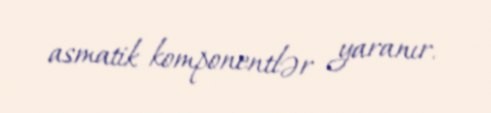
asmatik komponentlər yaranır.